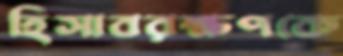
হিসাবরক্ষণকে